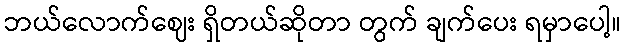
ဘယ်လောက်ဈေး ရှိတယ်ဆိုတာ တွက် ချက်ပေး ရမှာပေါ့။